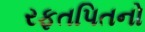
રફતપિતનો